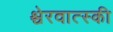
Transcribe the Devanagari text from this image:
श्चेरवात्स्की